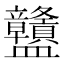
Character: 䀍